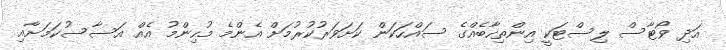
އަދި ވޯޓާސް ލިސްޓަކީ އިންތިހާބެއްގެ ސައްހަކަން ކަށަވަރުކުރުމަށް އެންމެ މުހިންމު އެއް އަސާސުކަމަށާއި